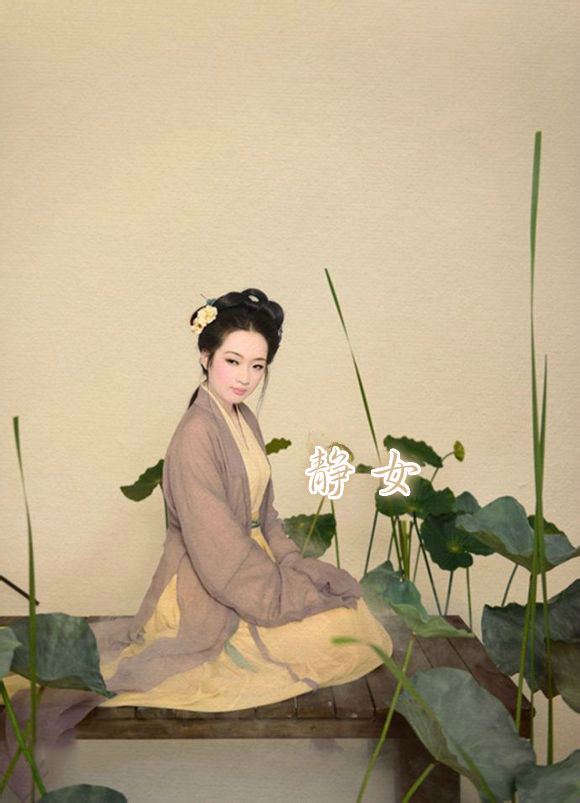
静女其娈，贻我彤管。